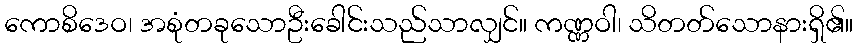
ကောစိဒေဝ၊ အစုံတခုသောဦးခေါင်းသည်သာလျှင်။ ကဏ္ဏဝါ၊ သိတတ်သောနားရှိ၏။